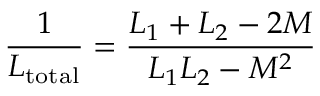
{ \frac { 1 } { L _ { \mathrm { t o t a l } } } } = { \frac { L _ { 1 } + L _ { 2 } - 2 M } { L _ { 1 } L _ { 2 } - M ^ { 2 } } }